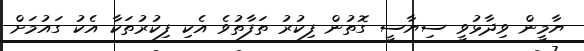
ޔާމީން ވިދާޅުވީ ސިޔާސީ ގޮތުން ފިކުރު ތަފާތުވެ އެކި ފިކުރުތަކާ އެކު ގައުމަށް